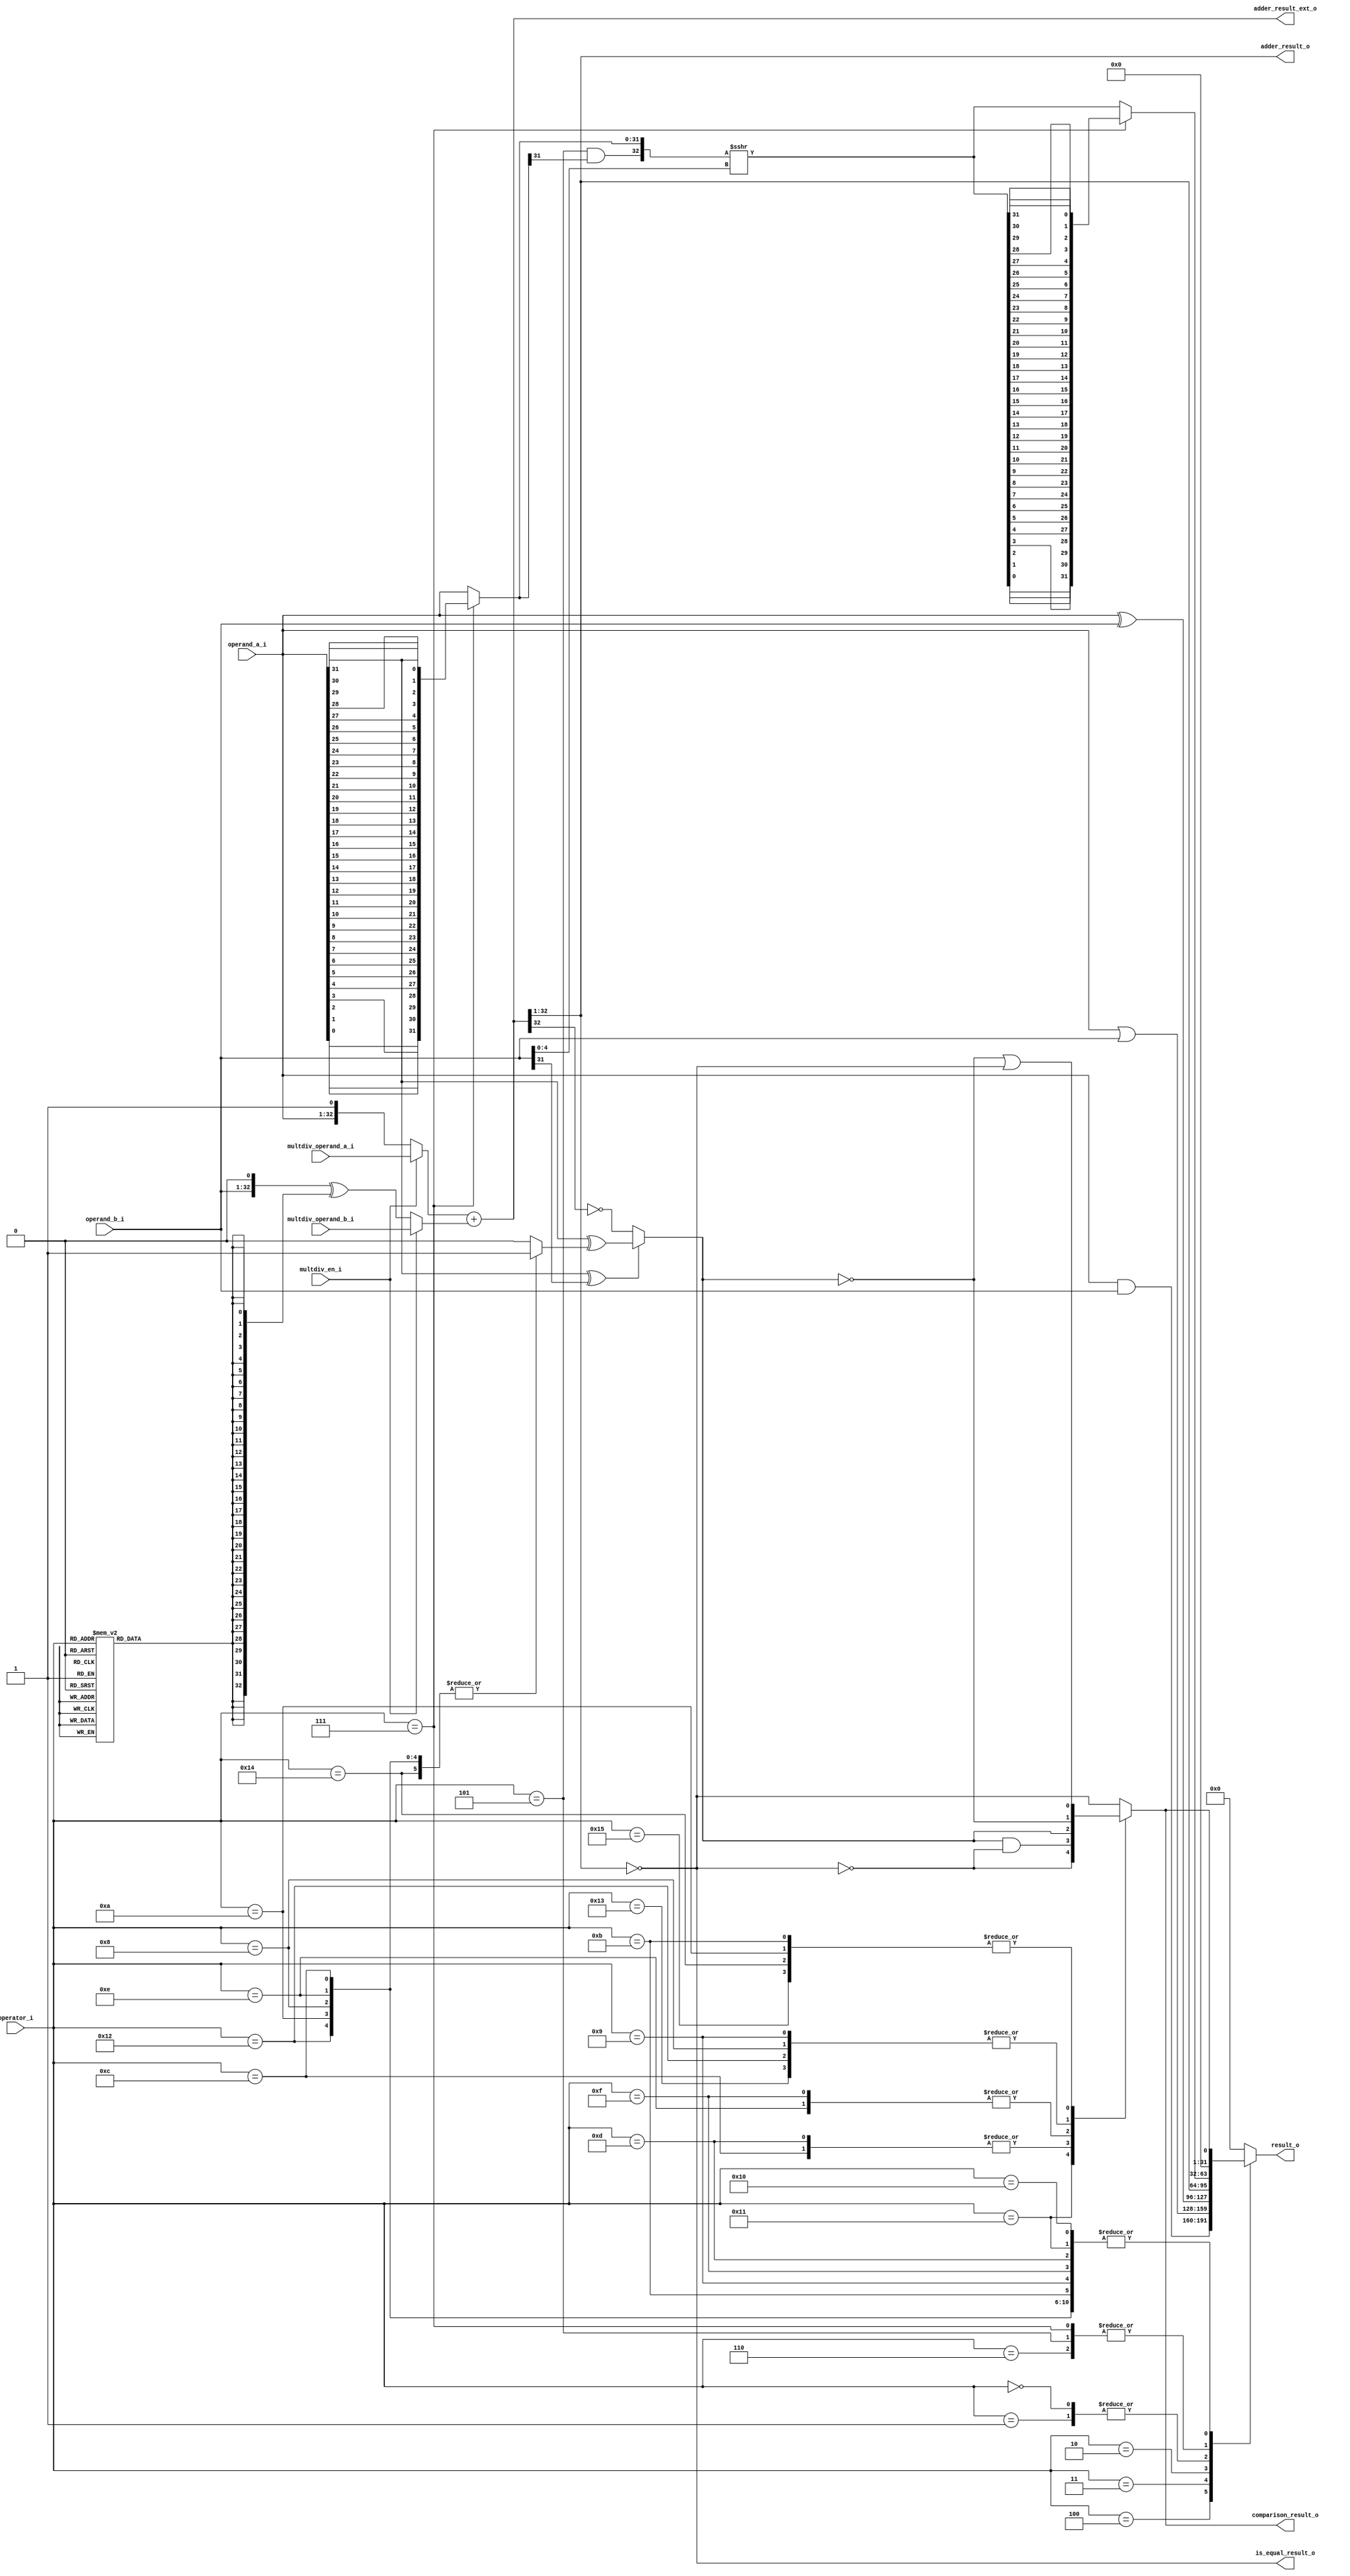
// Copyright lowRISC contributors.
// Copyright 2018 ETH Zurich and University of Bologna.
// Licensed under the Apache License, Version 2.0, see LICENSE for details.
// SPDX-License-Identifier: Apache-2.0

////////////////////////////////////////////////////////////////////////////////
//                                                                            //
//                                                                            //
// Additional contributions by:                                               //
//                 Davide Schiavone - pschiavo@iis.ee.ethz.ch                 //
//                                                                            //
// Design Name:    ALU                                                        //
// Project Name:   ibex                                                       //
// Language:       SystemVerilog                                              //
//                                                                            //
// Description:    Arithmetic logic unit of the pipelined processor.          //
//                                                                            //
////////////////////////////////////////////////////////////////////////////////

module flexbex_ibex_alu (
	operator_i,
	operand_a_i,
	operand_b_i,
	multdiv_operand_a_i,
	multdiv_operand_b_i,
	multdiv_en_i,
	adder_result_o,
	adder_result_ext_o,
	result_o,
	comparison_result_o,
	is_equal_result_o
);
	input wire [4:0] operator_i;
	input wire [31:0] operand_a_i;
	input wire [31:0] operand_b_i;
	input wire [32:0] multdiv_operand_a_i;
	input wire [32:0] multdiv_operand_b_i;
	input wire multdiv_en_i;
	output wire [31:0] adder_result_o;
	output wire [33:0] adder_result_ext_o;
	output reg [31:0] result_o;
	output wire comparison_result_o;
	output wire is_equal_result_o;
	wire [31:0] operand_a_rev;
	wire [32:0] operand_b_neg;
	genvar k;
	generate
		for (k = 0; k < 32; k = k + 1) begin : gen_revloop
			assign operand_a_rev[k] = operand_a_i[31 - k];
		end
	endgenerate
	reg adder_op_b_negate;
	wire [32:0] adder_in_a;
	wire [32:0] adder_in_b;
	wire [31:0] adder_result;
	always @(*) begin
		adder_op_b_negate = 1'b0;
		case (operator_i)
			5'd1, 5'd16, 5'd17, 5'd13, 5'd15, 5'd9, 5'd11, 5'd12, 5'd14, 5'd8, 5'd10, 5'd18, 5'd19, 5'd20, 5'd21: adder_op_b_negate = 1'b1;
			default:
				;
		endcase
	end
	assign adder_in_a = (multdiv_en_i ? multdiv_operand_a_i : {operand_a_i, 1'b1});
	assign operand_b_neg = {operand_b_i, 1'b0} ^ {33 {adder_op_b_negate}};
	assign adder_in_b = (multdiv_en_i ? multdiv_operand_b_i : operand_b_neg);
	assign adder_result_ext_o = $unsigned(adder_in_a) + $unsigned(adder_in_b);
	assign adder_result = adder_result_ext_o[32:1];
	assign adder_result_o = adder_result;
	wire shift_left;
	wire shift_arithmetic;
	wire [4:0] shift_amt;
	wire [31:0] shift_op_a;
	wire [31:0] shift_result;
	wire [31:0] shift_right_result;
	wire [31:0] shift_left_result;
	assign shift_amt = operand_b_i[4:0];
	assign shift_left = operator_i == 5'd7;
	assign shift_arithmetic = operator_i == 5'd5;
	assign shift_op_a = (shift_left ? operand_a_rev : operand_a_i);
	wire [32:0] shift_op_a_32;
	assign shift_op_a_32 = {shift_arithmetic & shift_op_a[31], shift_op_a};
	wire signed [32:0] shift_right_result_signed;
	assign shift_right_result_signed = $signed(shift_op_a_32) >>> shift_amt[4:0];
	assign shift_right_result = shift_right_result_signed[31:0];
	genvar j;
	generate
		for (j = 0; j < 32; j = j + 1) begin : gen_resrevloop
			assign shift_left_result[j] = shift_right_result[31 - j];
		end
	endgenerate
	assign shift_result = (shift_left ? shift_left_result : shift_right_result);
	wire is_equal;
	reg is_greater_equal;
	reg cmp_signed;
	always @(*) begin
		cmp_signed = 1'b0;
		case (operator_i)
			5'd12, 5'd14, 5'd8, 5'd10, 5'd18, 5'd20: cmp_signed = 1'b1;
			default:
				;
		endcase
	end
	assign is_equal = adder_result == 32'b00000000000000000000000000000000;
	assign is_equal_result_o = is_equal;
	always @(*)
		if ((operand_a_i[31] ^ operand_b_i[31]) == 1'b0)
			is_greater_equal = adder_result[31] == 1'b0;
		else
			is_greater_equal = operand_a_i[31] ^ cmp_signed;
	reg cmp_result;
	always @(*) begin
		cmp_result = is_equal;
		case (operator_i)
			5'd16: cmp_result = is_equal;
			5'd17: cmp_result = ~is_equal;
			5'd12, 5'd13: cmp_result = is_greater_equal & ~is_equal;
			5'd14, 5'd15: cmp_result = is_greater_equal;
			5'd8, 5'd18, 5'd9, 5'd19: cmp_result = ~is_greater_equal;
			5'd20, 5'd21, 5'd10, 5'd11: cmp_result = ~is_greater_equal | is_equal;
			default:
				;
		endcase
	end
	assign comparison_result_o = cmp_result;
	always @(*) begin
		result_o = 1'sb0;
		case (operator_i)
			5'd4: result_o = operand_a_i & operand_b_i;
			5'd3: result_o = operand_a_i | operand_b_i;
			5'd2: result_o = operand_a_i ^ operand_b_i;
			5'd0, 5'd1: result_o = adder_result;
			5'd7, 5'd6, 5'd5: result_o = shift_result;
			5'd16, 5'd17, 5'd13, 5'd15, 5'd9, 5'd11, 5'd12, 5'd14, 5'd8, 5'd10, 5'd18, 5'd19, 5'd20, 5'd21: result_o = {31'h00000000, cmp_result};
			default:
				;
		endcase
	end
endmodule